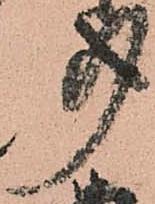
事